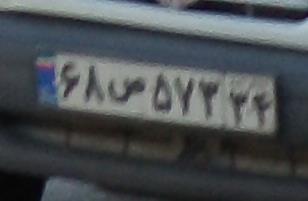
۶۸ص۵۷۳۳۴